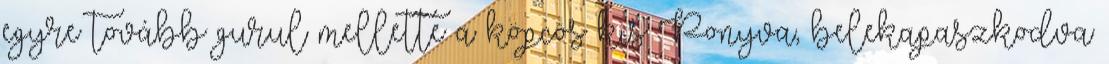
egyre tovább gurul mellette a köpcös kis Ponyva, belekapaszkodva